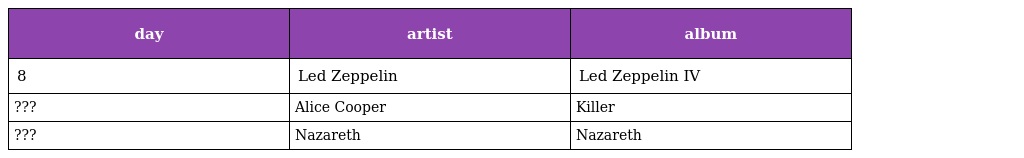
| day | artist | album |
 | --- | --- | --- |
 | 8 | Led Zeppelin | Led Zeppelin IV |
 | ??? | Alice Cooper | Killer |
 | ??? | Nazareth | Nazareth |